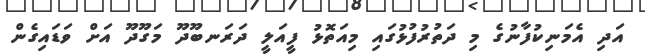
އަދި އެމަނިކުފާނުގެ މި ދަތުރުފުޅުގައި މިއަތޮޅު ފީއަލީ ދަރަނބޫދޫ މަގޫދޫ އަށް ވަޑައިގެން